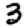
Digit: 3